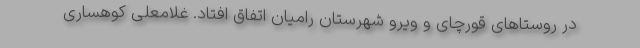
در روستاهای قورچای و ویرو شهرستان رامیان اتفاق افتاد. غلامعلی کوهساری